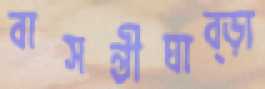
বাসন্তীঘাব্‌ড়া